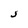
Character: J